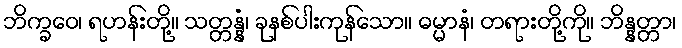
ဘိက္ခဝေ၊ ရဟန်းတို့။ သတ္တန္နံ၊ ခုနစ်ပါးကုန်သော။ ဓမ္မာနံ၊ တရားတို့ကို။ ဘိန္နတ္တာ၊